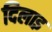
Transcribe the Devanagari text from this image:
दिलाइ